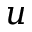
u